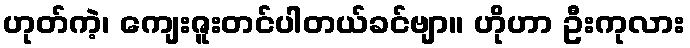
ဟုတ်ကဲ့၊ ကျေးဇူးတင်ပါတယ်ခင်ဗျာ။ ဟိုဟာ ဦးကုလား